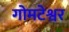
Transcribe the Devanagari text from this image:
गोमटेश्वर